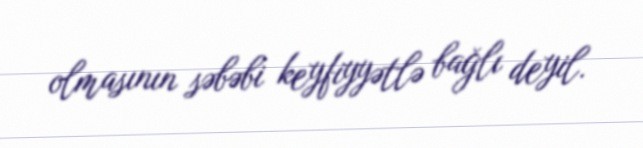
olmasının səbəbi keyfiyyətlə bağlı deyil.